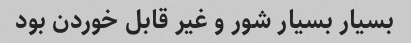
بسیار بسیار شور و غیر قابل خوردن بود